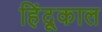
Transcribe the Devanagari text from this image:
हिंदूकाल